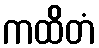
ကထိတံ